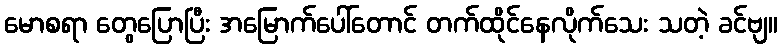
မောစရာ တွေပြောပြီး အမြောက်ပေါ်တောင် တက်ထိုင်နေလိုက်သေး သတဲ့ ခင်ဗျ။